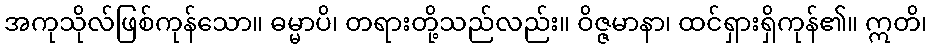
အကုသိုလ်ဖြစ်ကုန်သော။ ဓမ္မာပိ၊ တရားတို့သည်လည်း။ ဝိဇ္ဇမာနာ၊ ထင်ရှားရှိကုန်၏။ ဣတိ၊